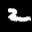
Label: 2